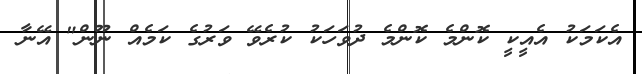
އެކަމަކު އެއީކީ ކޮންމެ ކޮންމެ ދުވަހަކު ކުރެވޭ ވަރުގެ ކަމެއް ނޫން" އޭނާ